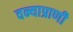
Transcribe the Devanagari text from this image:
वन्याप्राणी